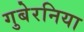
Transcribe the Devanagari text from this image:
गुबेरनिया